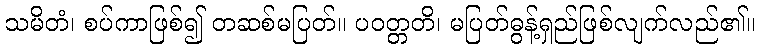
သမိတံ၊ စပ်ကာဖြစ်၍ တဆစ်မပြတ်။ ပဝတ္တတိ၊ မပြတ်ဓွန့်ရှည်ဖြစ်လျက်လည်၏။